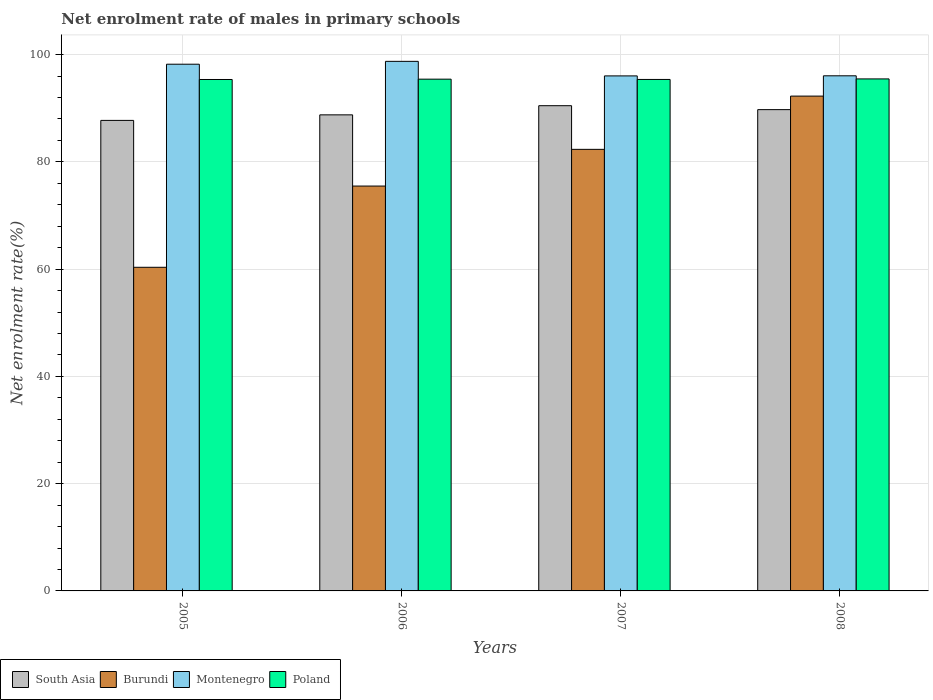
| Years | South Asia | Burundi | Montenegro | Poland |
 | --- | --- | --- | --- | --- |
 | 2005 | 87.7 | 60.3 | 98.2 | 95.4 |
 | 2006 | 88.8 | 75.5 | 98.7 | 95.4 |
 | 2007 | 90.5 | 82.3 | 96 | 95.4 |
 | 2008 | 89.7 | 92.3 | 96 | 95.5 |